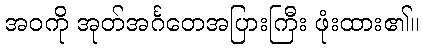
အဝကို အုတ်အင်္ဂတေအပြားကြီး ဖုံးထား၏။